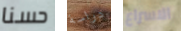
حسنا دراسة الاسراع